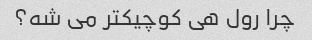
چرا رول هى کوچیکتر مى شه؟